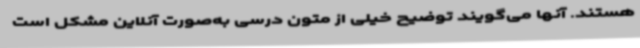
هستند. آنها می‌گویند توضیح خیلی از متون درسی به‌صورت آنلاین مشکل است